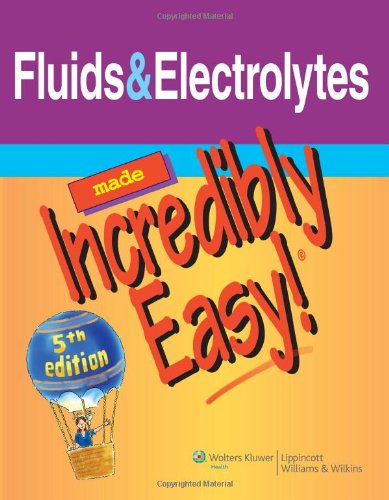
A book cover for Fluids & Electrolytes Made Incredibly Easy! (Incredibly Easy! SeriesÂ®); Lippincott Williams &  Wilkins; Medical Books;